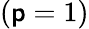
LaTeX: (\mathsf{p}=1)